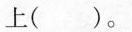
上( )。